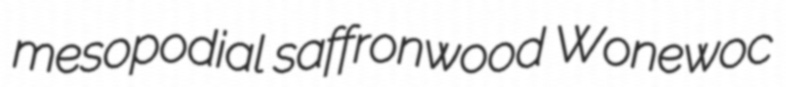
mesopodial saffronwood Wonewoc